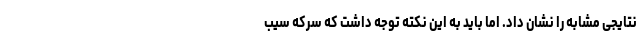
نتایجی مشابه را نشان داد. اما باید به این نکته توجه داشت که سرکه سیب